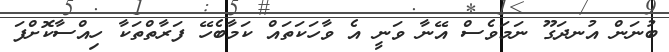
ބުނަން އުނދަގޫ ނަމަވެސް އޭނާ ވަނީ އެ ވާހަކަތައް ކަމާބެހޭ ފަރާތްތަކާ ހިއްސާކޮށްފަ